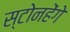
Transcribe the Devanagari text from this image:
स्टोनहेंगे